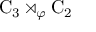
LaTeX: \mathrm { C } _ { 3 } \rtimes _ { \varphi } \mathrm { C } _ { 2 }